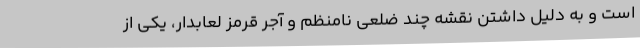
است و به دلیل داشتن نقشه چند ضلعی نامنظم و آجر قرمز لعابدار، یکی از